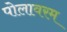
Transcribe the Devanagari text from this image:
पोलावरम